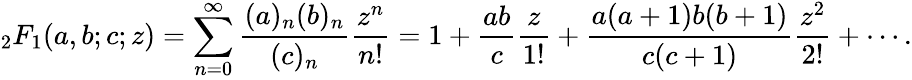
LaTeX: {}_{2}F_{1}(a,b;c;z)=\sum_{n=0}^{\infty}{\frac{(a)_{n}(b)_{n}}{(c)_{n}}}{\frac{z^{n}}{n!}}=1+{\frac{ab}{c}}{\frac{z}{1!}}+{\frac{a(a+1)b(b+1)}{c(c+1)}}{\frac{z^{2}}{2!}}+\cdots.